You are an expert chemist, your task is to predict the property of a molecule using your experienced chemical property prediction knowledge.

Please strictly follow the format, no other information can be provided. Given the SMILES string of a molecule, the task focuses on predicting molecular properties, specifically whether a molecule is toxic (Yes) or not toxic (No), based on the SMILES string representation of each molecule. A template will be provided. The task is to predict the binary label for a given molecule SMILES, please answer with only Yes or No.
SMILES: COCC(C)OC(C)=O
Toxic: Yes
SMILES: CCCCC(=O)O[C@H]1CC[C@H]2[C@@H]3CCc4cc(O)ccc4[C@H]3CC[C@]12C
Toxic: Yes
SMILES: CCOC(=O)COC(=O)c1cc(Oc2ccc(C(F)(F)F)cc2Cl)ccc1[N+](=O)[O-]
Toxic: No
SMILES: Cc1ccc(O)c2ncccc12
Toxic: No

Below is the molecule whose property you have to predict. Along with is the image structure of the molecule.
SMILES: CCCC(C)CC
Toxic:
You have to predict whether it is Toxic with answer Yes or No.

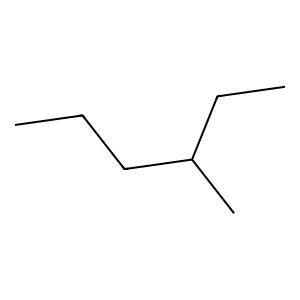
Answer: No